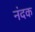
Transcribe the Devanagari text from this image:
नंदक